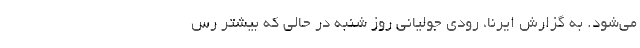
می‌شود. به گزارش ایرنا، رودی جولیانی روز شنبه در حالی که بیشتر رس